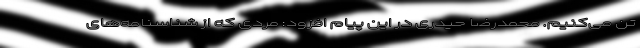
تن می‌کنیم. محمدرضا حیدری در این پیام افزود: مردی که از شناسنامه‌های